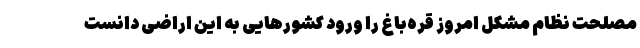
مصلحت نظام مشکل امروز قره‌باغ را ورود کشورهایی به این اراضی دانست